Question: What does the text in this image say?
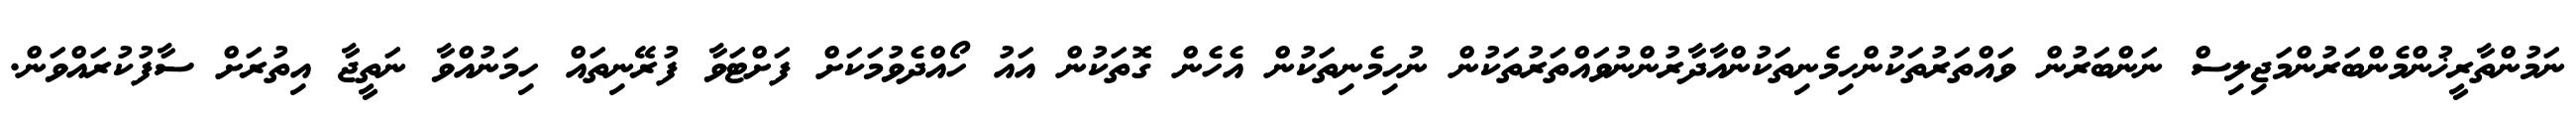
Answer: ނަމުންތާރީޚުންމެންބަރުންމަޖިލިސް ނަންބަރުން ވައްތަރުތަކުންހިމެނިތަކުންއާދާރުންނުވައްތަރުތަކުން ނުހިމެނިތަކުން އެހެން ގޮތަކުން އައު ހޯއްދެވުމަކަށް ފަށްޓަވާ ފުރޭނިތައް ހިމަނުއްވާ ނަތީޖާ އިތުރަށް ސާފުކުރައްވަން.